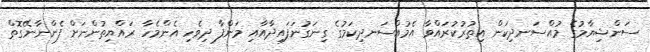
ސަންޝިޔާމުގެ މުއްސަނދިކަން އިތުރުކުރައްވާ އެމުއްސަނދިކަމުގެ ގިނަގުނަފައިދާއާއި މަންފާ ދިވެހި އެންމެހާ ރައްޔިތުންނަށް ފެންނާނޭގޮތް